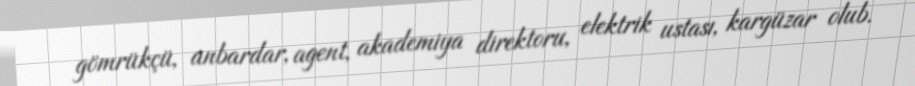
gömrükçü, anbardar, agent, akademiya direktoru, elektrik ustası, kargüzar olub.